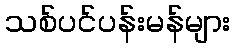
သစ်ပင်ပန်းမန်များ